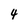
Character: 4